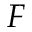
F